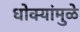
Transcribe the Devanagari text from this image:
धोक्यांमुळे